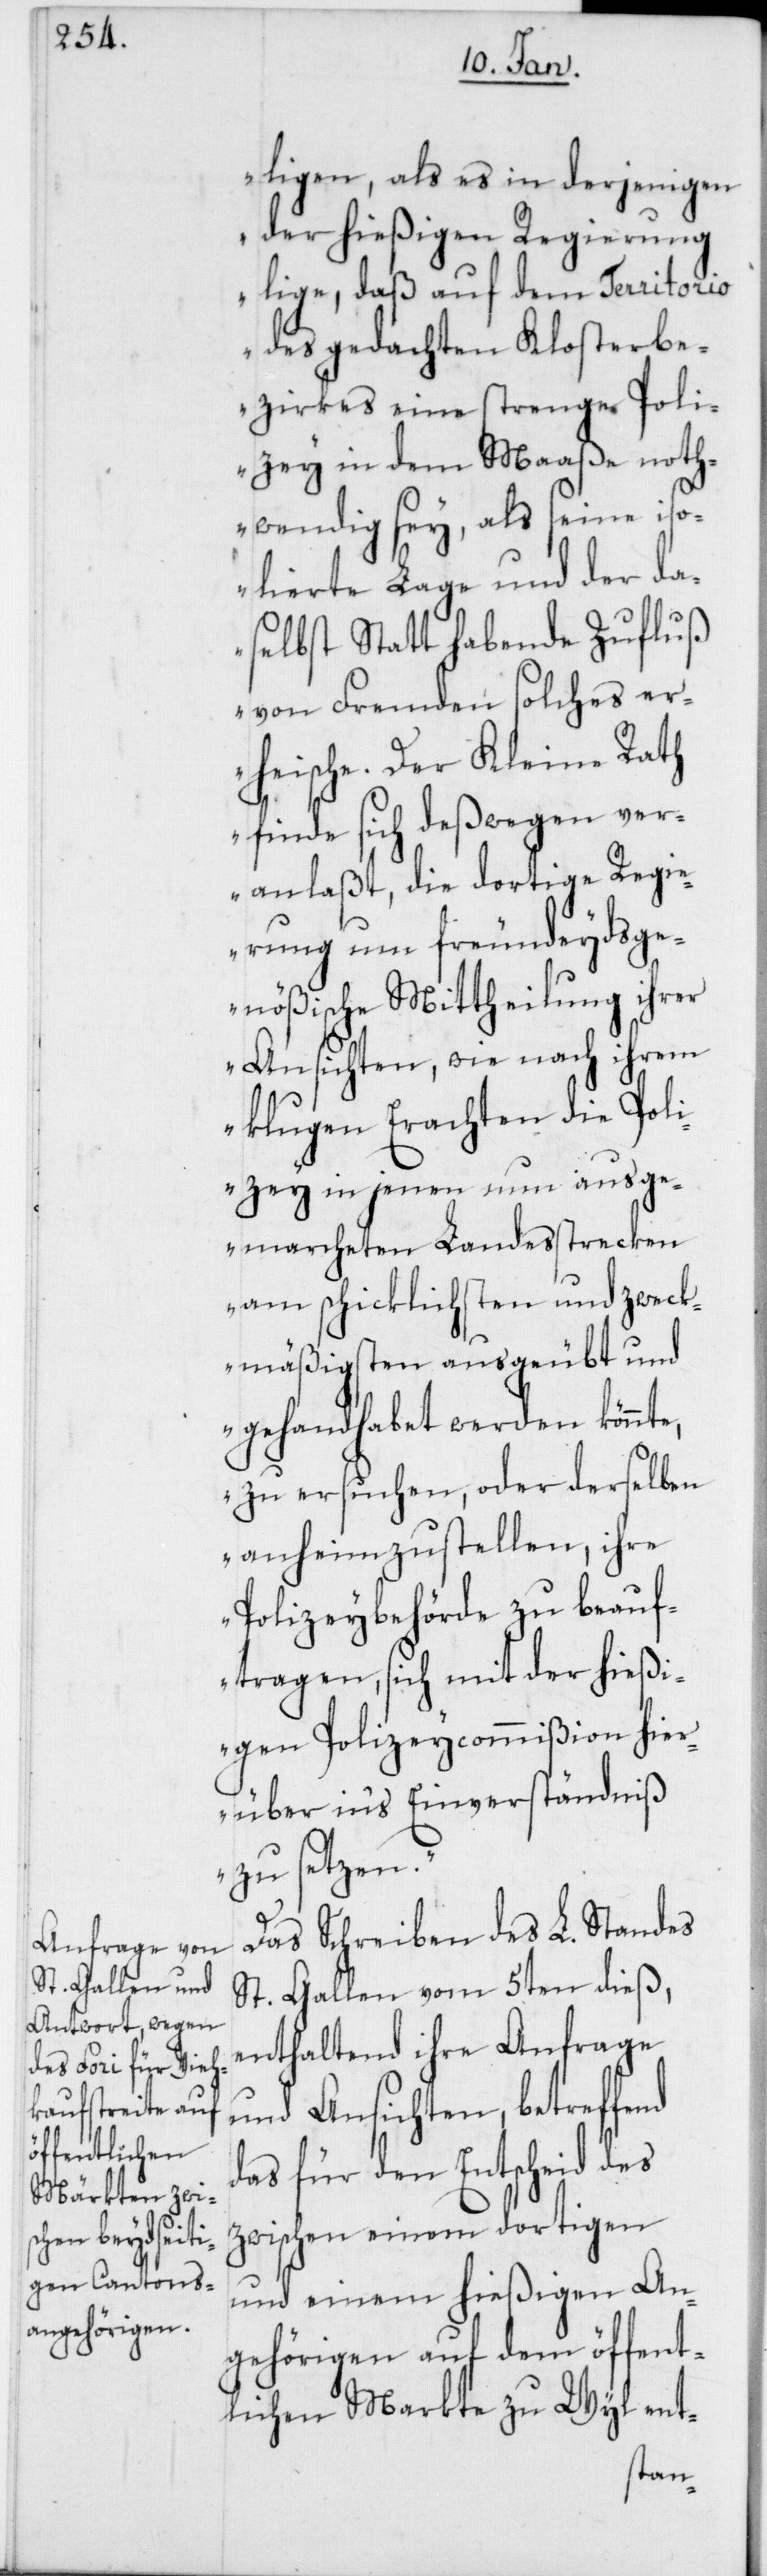
ligen, als es in derjenigen
der hießigen Regierung
lige, daß auf dem Territorio
des gedachten Klosterbe¬
zirkes eine strenge Poli¬
zey in dem Maaße noth¬
wendig sey, als seine iso¬
lierte Lage und der da¬
selbst statt habende Zufluß
von Fremden solches er¬
heische. Der Kleine Rath
finde sich deßwegen ver¬
anlaßt, die dortige Regi¬
erung um freundeydsge¬
nößische Mittheilung ihrer
Ansichten, wie nach ihrem
klugen Erachten die Poli¬
zey in jenen nun ausge¬
marcheten Landesstrecken
am schicklichsten und zweck¬
mäßigsten ausgeübt und
gehandhabet werden könnte,
zu ersuchen, oder derselben
anheimzustellen, ihre
Polizeybehörde zu beauf¬
tragen, sich mit der hießi¬
gen Polizeycommißion hier¬
über ins Einverständniß
zu setzen.“
Das Schreiben des L. Standes
St. Gallen vom 5ten dieß,
enthaltend ihre Anfrage
und Ansichten, betreffend
das für den Entscheid des
zwischen einem dortigen
und einem hießigen An¬
gehörigen auf dem öffent¬
lichen Markte zu Wyl ent-